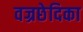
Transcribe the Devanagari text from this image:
वज्रछेदिका